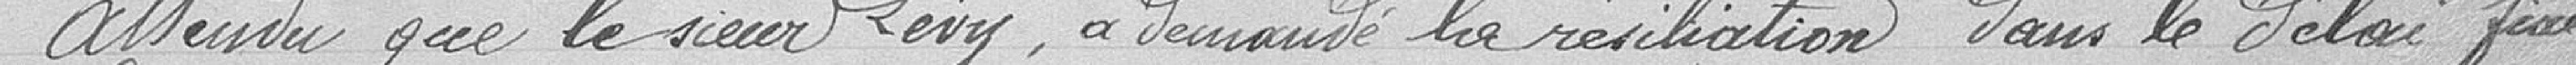
Attendu que le sieur LEVY a demandé la résiliation dans le délai fixé